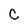
Character: C